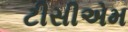
ટીસીએમ